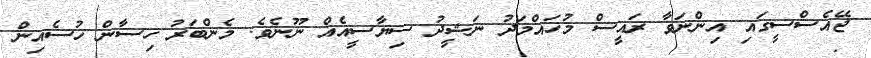
ޖޭއެސްސީގައި އިންނަވާ ރައީސް މުހައްމަދު ނަޝީދު ސިޔާސީއެއް ނޫނެވެ. މެންބަރު ހިސާން ހުސެއިން